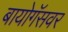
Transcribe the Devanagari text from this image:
बायोगॅसवर